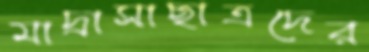
মাদ্রাসাছাত্রদের